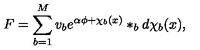
F = \sum _ { b = 1 } ^ { M } v _ { b } e ^ { \alpha \phi + \chi _ { b } ( x ) } \ast _ { b } d \chi _ { b } ( x ) ,